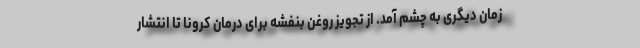
زمان دیگری به چشم آمد. از تجویز روغن بنفشه برای درمان کرونا تا انتشار